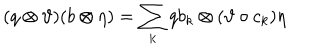
LaTeX: ( q \otimes \vartheta ) ( b \otimes \eta ) = \sum _ { k } q b _ { k } \otimes ( \vartheta \circ c _ { k } ) \eta